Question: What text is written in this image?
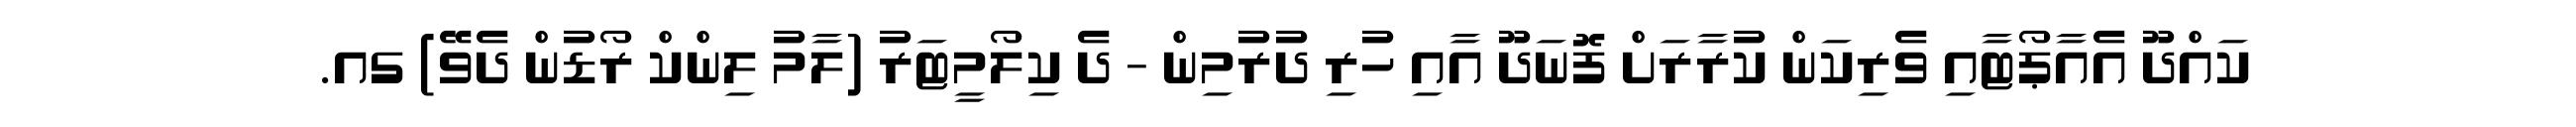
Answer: ކައްދޫ އެއާޕޯޓާއި ވެރިކަން ކުރާރަށް ފޮނަދޫ އާއި ހުރި ދުރުމިން - ދެ ކިލޯމީޓަރު (ލާމު ލިންކް ރޯޑުން ދެވޭ) ގއ.